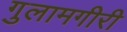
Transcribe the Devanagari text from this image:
गुलामगीरी